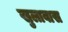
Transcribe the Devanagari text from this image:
खुलावास